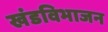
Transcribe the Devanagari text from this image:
खंडविभाजन